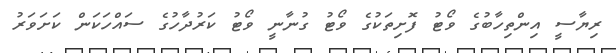
ރިޔާސީ އިންތިހާބުގެ ވޯޓު ފޮށިތަކުގެ ވޯޓު ގުނާނީ ވޯޓު ކަރުދާހުގެ ސައްހަކަން ކަށަވަރު